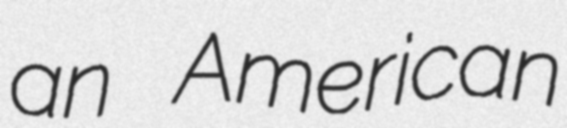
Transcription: an American